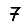
Digit: 7